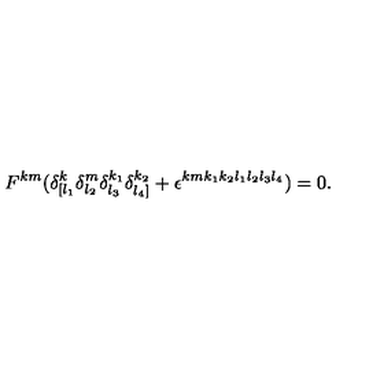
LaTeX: F ^ { k m } ( \delta _ { [ l _ { 1 } } ^ { k } \delta _ { l _ { 2 } } ^ { m } \delta _ { l _ { 3 } } ^ { k _ { 1 } } \delta _ { l _ { 4 } ] } ^ { k _ { 2 } } + \epsilon ^ { k m k _ { 1 } k _ { 2 } l _ { 1 } l _ { 2 } l _ { 3 } l _ { 4 } } ) = 0 .